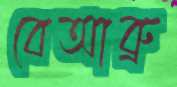
বেআব্রু